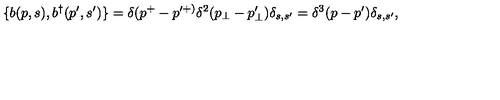
\{ b ( p , s ) , b ^ { \dagger } ( p ^ { \prime } , s ^ { \prime } ) \} = \delta ( p ^ { + } - p ^ { \prime + ) } \delta ^ { 2 } ( p _ { \perp } - p _ { \perp } ^ { \prime } ) \delta _ { s , s ^ { \prime } } = \delta ^ { 3 } ( p - p ^ { \prime } ) \delta _ { s , s ^ { \prime } } ,